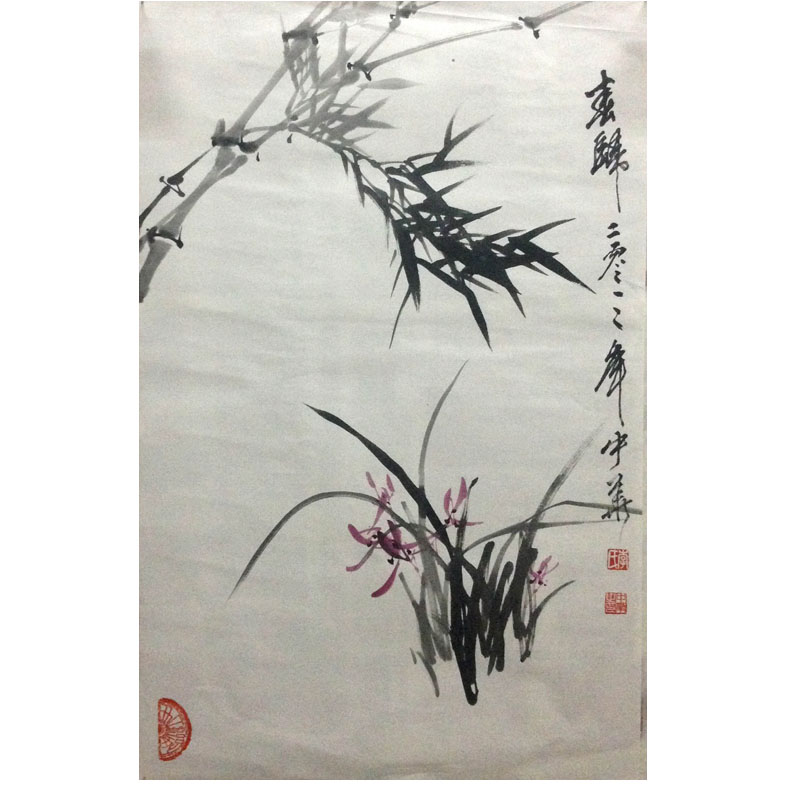
白头空负雪边春，着意问春春不语。